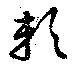
頼